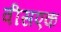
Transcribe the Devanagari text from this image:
वीसएक